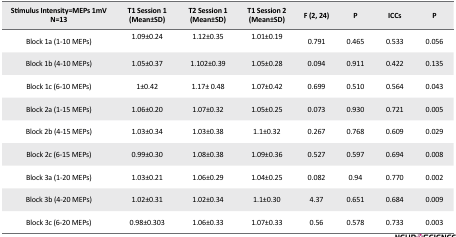
<table><thead><tr><td><b>Stimulus Intensity=MEPs 1mV N=13</b></td><td><b>T1 Session 1 (Mean±SD)</b></td><td><b>T2 Session 1 (Mean±SD)</b></td><td><b>T1 Session 2 (Mean±SD)</b></td><td><b>F (2, 24)</b></td><td><b>P</b></td><td><b>ICCs</b></td><td><b>P</b></td></tr></thead><tbody><tr><td>Block 1a (1–10 MEPs)</td><td>1.09±0.24</td><td>1.12±0.35</td><td>1.01±0.19</td><td>0.791</td><td>0.465</td><td>0.533</td><td>0.056</td></tr><tr><td>Block 1b (4–10 MEPs)</td><td>1.05±0.37</td><td>1.102±0.39</td><td>1.05±0.28</td><td>0.094</td><td>0.911</td><td>0.422</td><td>0.135</td></tr><tr><td>Block 1c (6–10 MEPs)</td><td>1±0.42</td><td>1.17± 0.48</td><td>1.07±0.42</td><td>0.699</td><td>0.510</td><td>0.564</td><td>0.043</td></tr><tr><td>Block 2a (1–15 MEPs)</td><td>1.06±0.20</td><td>1.07±0.32</td><td>1.05±0.25</td><td>0.073</td><td>0.930</td><td>0.721</td><td>0.005</td></tr><tr><td>Block 2b (4–15 MEPs)</td><td>1.03±0.34</td><td>1.03±0.38</td><td>1.1±0.32</td><td>0.267</td><td>0.768</td><td>0.609</td><td>0.029</td></tr><tr><td>Block 2c (6–15 MEPs)</td><td>0.99±0.30</td><td>1.08±0.38</td><td>1.09±0.36</td><td>0.527</td><td>0.597</td><td>0.694</td><td>0.008</td></tr><tr><td>Block 3a (1–20 MEPs)</td><td>1.03±0.21</td><td>1.06±0.29</td><td>1.04±0.25</td><td>0.082</td><td>0.94</td><td>0.770</td><td>0.002</td></tr><tr><td>Block 3b (4–20 MEPs)</td><td>1.02±0.31</td><td>1.02±0.34</td><td>1.1±0.30</td><td>4.37</td><td>0.651</td><td>0.684</td><td>0.009</td></tr><tr><td>Block 3c (6–20 MEPs)</td><td>0.98±0.303</td><td>1.06±0.33</td><td>1.07±0.33</td><td>0.56</td><td>0.578</td><td>0.733</td><td>0.003</td></tr></tbody></table>